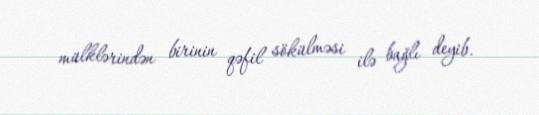
mülklərindən birinin qəfil sökülməsi ilə bağlı deyib.